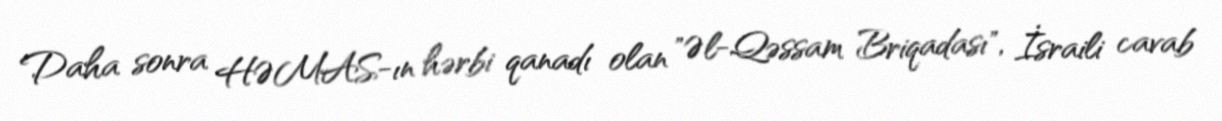
Daha sonra HƏMAS-ın hərbi qanadı olan "Əl-Qəssam Briqadası", İsraili cavab